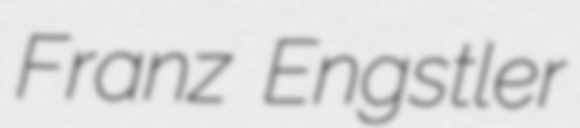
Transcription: Franz Engstler